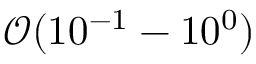
\mathcal { O } ( 1 0 ^ { - 1 } - 1 0 ^ { 0 } )